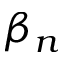
\beta _ { n }